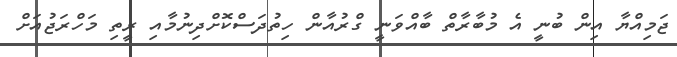
ޖަމިއްޔާ އިން ބުނީ އެ މުބާރާތް ބާއްވަނީ ގްރުއާން ހިތުދަސްކޮށްދިނުމާއި ރީތި މަހްރަޖުއަށް